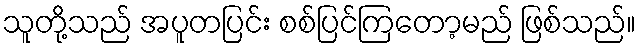
သူတို့သည် အပူတပြင်း စစ်ပြင်ကြတော့မည် ဖြစ်သည်။